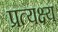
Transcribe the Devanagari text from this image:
प्रत्यक्ष्य